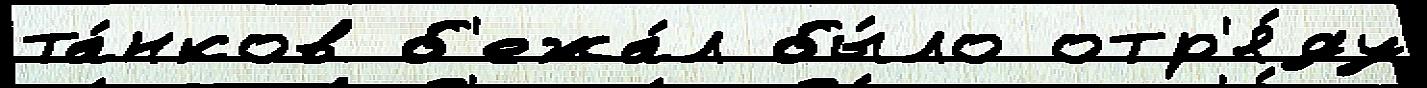
та́нков б'ежа́л бы́ло отр'я́ду